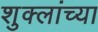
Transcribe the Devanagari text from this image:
शुक्लांच्या